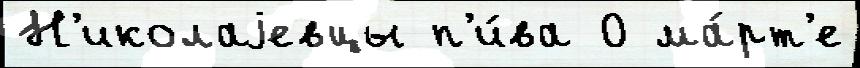
Н'иколаjевцы п'и́ва 0 ма́рт'е